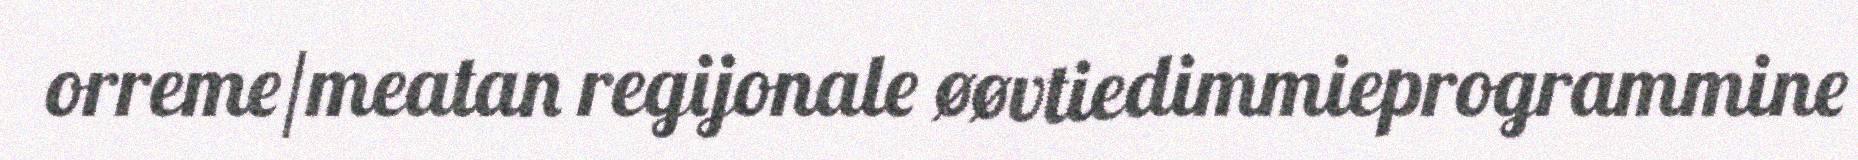
orreme/meatan regijonale øøvtiedimmieprogrammine